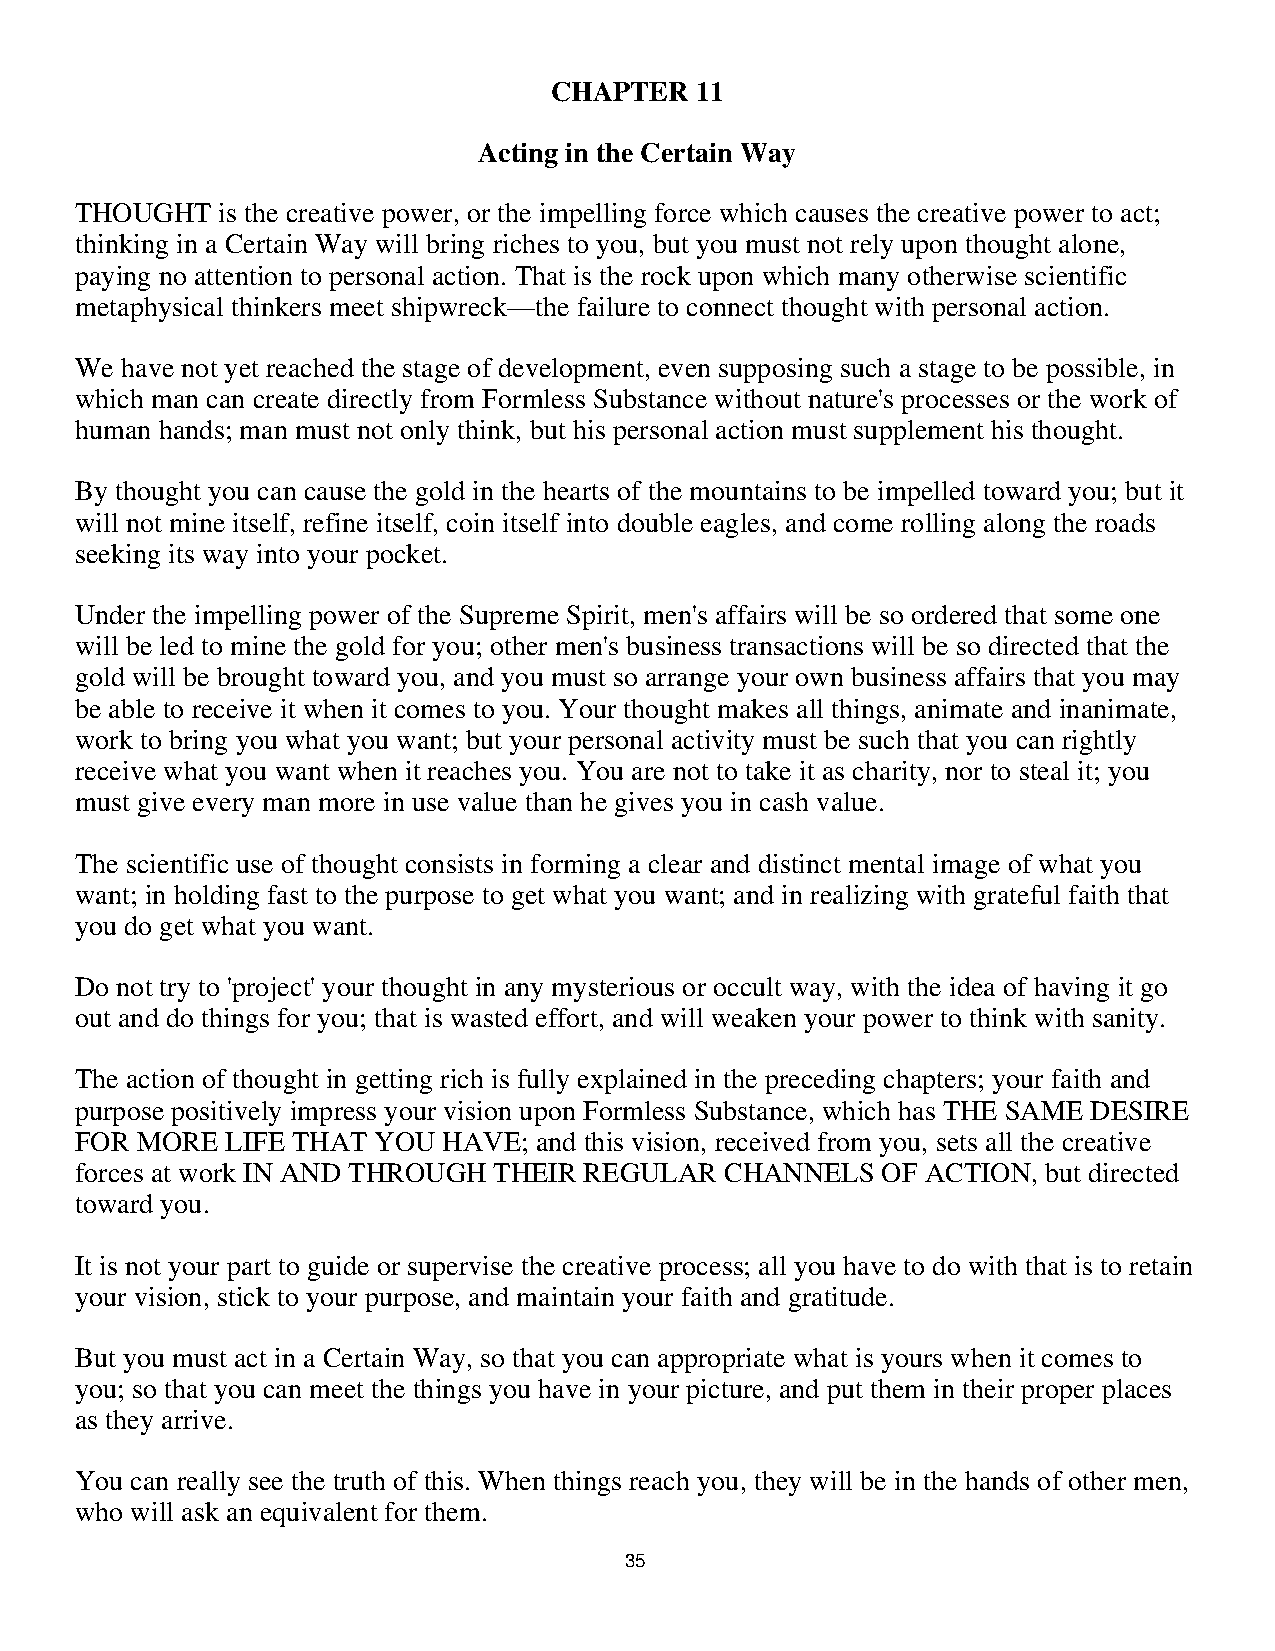
CHAPTER   11
 Acting in the Certain Way
 THOUGHT  is the creative power, or the impelling force which causes the creative power to act;
 thinking in a Certain Way will bring riches to you, but you must not rely upon thought alone,
 paying no attention to personal action. That is the rock upon which many otherwise scientific
 metaphysical thinkers meet shipwreck—the failure to connect thought with personal action.
 We have not yet reached the stage of development, even supposing such a stage to be possible, in
 which man can create directly from Formless Substance without nature's processes or the work of
 human hands; man must not only think, but his personal action must supplement his thought.
 By thought you can cause the gold in the hearts of the mountains to be impelled toward you; but it
 will not mine itself, refine itself, coin itself into double eagles, and come rolling along the roads
 seeking its way into your pocket.
 Under the impelling power of the Supreme Spirit, men's affairs will be so ordered that some one
 will be led to mine the gold for you; other men's business transactions will be so directed that the
 gold will be brought toward you, and you must so arrange your own business affairs that you may
 be able to receive it when it comes to you. Your thought makes all things, animate and inanimate,
 work to bring you what you want; but your personal activity must be such that you can rightly
 receive what you want when it reaches you. You are not to take it as charity, nor to steal it; you
 must give every man more in use value than he gives you in cash value.
 The scientific use of thought consists in forming a clear and distinct mental image of what you
 want; in holding fast to the purpose to get what you want; and in realizing with grateful faith that
 you do get what you want.
 Do not try to 'project' your thought in any mysterious or occult way, with the idea of having it go
 out and do things for you; that is wasted effort, and will weaken your power to think with sanity.
 The action of thought in getting rich is fully explained in the preceding chapters; your faith and
 purpose positively impress your vision upon Formless Substance, which has THE SAME DESIRE
 FOR MORE  LIFE THAT YOU HAVE; and this vision, received from you, sets all the creative
 forces at work IN AND THROUGH THEIR REGULAR CHANNELS OF ACTION, but directed
 toward you.
 It is not your part to guide or supervise the creative process; all you have to do with that is to retain
 your vision, stick to your purpose, and maintain your faith and gratitude.
 But you must act in a Certain Way, so that you can appropriate what is yours when it comes to
 you; so that you can meet the things you have in your picture, and put them in their proper places
 as they arrive.
 You can really see the truth of this. When things reach you, they will be in the hands of other men,
 who will ask an equivalent for them.
 3355